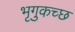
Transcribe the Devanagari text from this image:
भृगुकच्छ